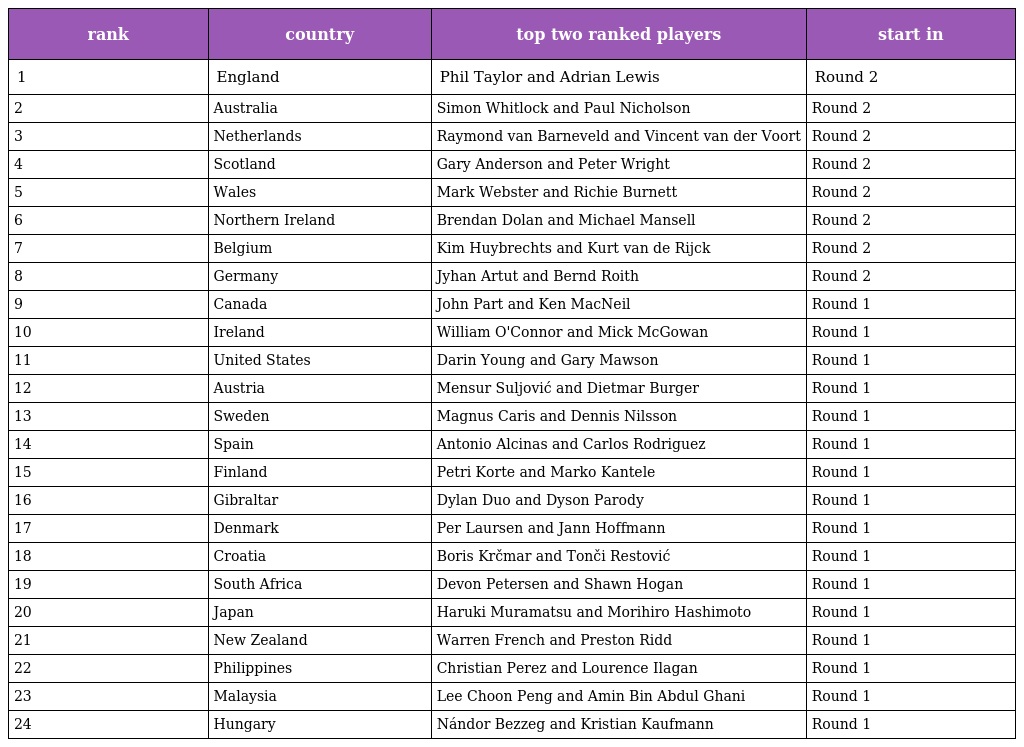
| rank | country | top two ranked players | start in |
 | --- | --- | --- | --- |
 | 1 | England | Phil Taylor and Adrian Lewis | Round 2 |
 | 2 | Australia | Simon Whitlock and Paul Nicholson | Round 2 |
 | 3 | Netherlands | Raymond van Barneveld and Vincent van der Voort | Round 2 |
 | 4 | Scotland | Gary Anderson and Peter Wright | Round 2 |
 | 5 | Wales | Mark Webster and Richie Burnett | Round 2 |
 | 6 | Northern Ireland | Brendan Dolan and Michael Mansell | Round 2 |
 | 7 | Belgium | Kim Huybrechts and Kurt van de Rijck | Round 2 |
 | 8 | Germany | Jyhan Artut and Bernd Roith | Round 2 |
 | 9 | Canada | John Part and Ken MacNeil | Round 1 |
 | 10 | Ireland | William O'Connor and Mick McGowan | Round 1 |
 | 11 | United States | Darin Young and Gary Mawson | Round 1 |
 | 12 | Austria | Mensur Suljović and Dietmar Burger | Round 1 |
 | 13 | Sweden | Magnus Caris and Dennis Nilsson | Round 1 |
 | 14 | Spain | Antonio Alcinas and Carlos Rodriguez | Round 1 |
 | 15 | Finland | Petri Korte and Marko Kantele | Round 1 |
 | 16 | Gibraltar | Dylan Duo and Dyson Parody | Round 1 |
 | 17 | Denmark | Per Laursen and Jann Hoffmann | Round 1 |
 | 18 | Croatia | Boris Krčmar and Tonči Restović | Round 1 |
 | 19 | South Africa | Devon Petersen and Shawn Hogan | Round 1 |
 | 20 | Japan | Haruki Muramatsu and Morihiro Hashimoto | Round 1 |
 | 21 | New Zealand | Warren French and Preston Ridd | Round 1 |
 | 22 | Philippines | Christian Perez and Lourence Ilagan | Round 1 |
 | 23 | Malaysia | Lee Choon Peng and Amin Bin Abdul Ghani | Round 1 |
 | 24 | Hungary | Nándor Bezzeg and Kristian Kaufmann | Round 1 |